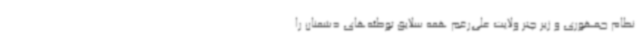
نظام جمهوری و زیر چتر ولایت علی‌رغم همه سلایق توطئه‌های دشمنان را